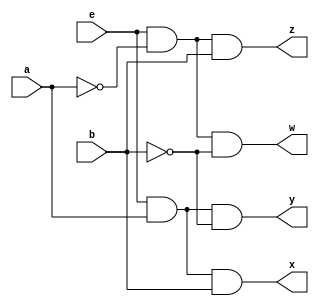
module Decoder24(a,b,e,x,y,z,w);
        input a,b,e;
        output x,y,z,w;
        assign x=e&a&b;
        assign y=e&a&~b;
        assign z=e&~a&b;
        assign w=e&~a&~b;
endmodule
module test;
      reg a1,b1,e1;
      wire x1,y1,z1,w1;
      Decoder24 objct(a1,b1,e1,x1,y1,z1,w1);
      initial begin
        $dumpfile("dump1.vcd");
        $dumpvars(0,test);
         //$display(  Inputs    |    Outputs ");
        $display("e\ta\tb\tx\ty\tz\tw");
        $monitor("%b\t%b\t%b\t%b\t%b\t%b\t%b",e1,a1,b1,x1,y1,z1,w1);
       e1=1;a1=0;b1=0;
       #10 e1=1;a1=1;b1=0;
       #10 e1=1;a1=0;b1=1; 
       #10 e1=1;a1=1;b1=1;
     end
endmodule